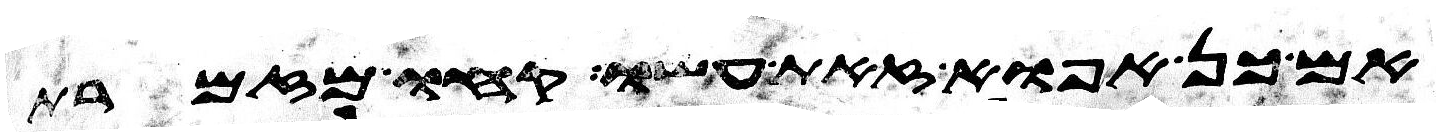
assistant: אם כן אפוא זאת עשו קחו מזמרת